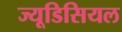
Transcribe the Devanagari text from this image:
ज्यूडिसियल